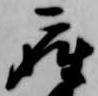
座